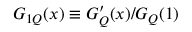
G _ { 1 Q } ( x ) \equiv G _ { Q } ^ { \prime } ( x ) / G _ { Q } ( 1 )